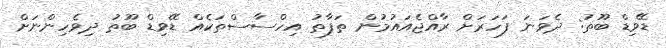
ޑޭވިޑް ބޫތު: ދެވަނަ ފަހަރަށް ރާއްޖެއައުމުން ތަފާތު އިހްސާސްތަކެއް ޑޭވިޑް ބޫތު ދިވެހިންނަށް